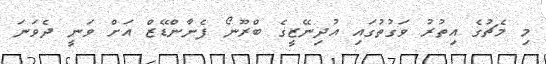
މި މެޗުގެ އިތުރު ވަގުތުގައި އުދިނޭޒީގެ ބްރޫނޯ ފެނާންޑޭޒް އަށް ވަނީ ދެވަނަ